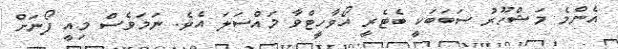
އެންމެ މަޝްހޫރު ސަބަބަކީ ބެޓެރީ އޯވާހީޓްވާ މައްސަލަ އެވެ. ނަމަވެސް މިއީ ފޯނަށް